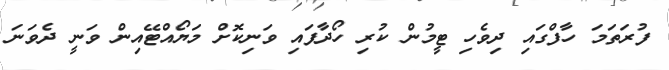
ފުރަތަމަ ހާފްގައި ދިވެހި ޓީމުން ކުރި ހޯދާފައި ވަނިކޮށް މަޔޯއްޓޭއިން ވަނީ ދެވަނަ